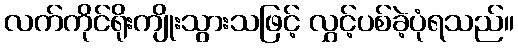
လက်ကိုင်ရိုးကျိုးသွားသဖြင့် လွှင့်ပစ်ခဲ့ပုံရသည်။